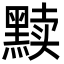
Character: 黩